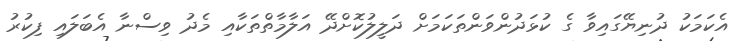
އެކަމަކު ދުނިޔޭގައިވާ ގެ ކުޅަދުންވަންތަކަމަށް ދަލީލުކޮށްދޭ އަލާމާތްތަކާއި މެދު ވިސްނާ އެބަލައި ފިކުރު